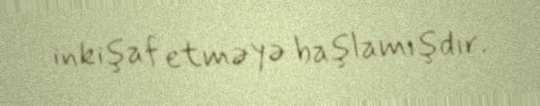
inkişaf etməyə başlamışdır.